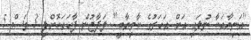
''އަނިޔާއަކާ ނުލައި އަށް އަހަރުގެ ކާމިޔާބީ'' ލަފާޖުން ފާހަގަކޮށްފި 3 މަސް 5